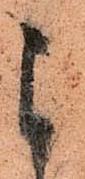
よ